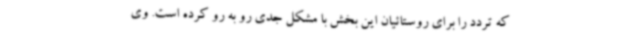
که تردد را برای روستائیان این بخش با مشکل جدی رو به رو کرده است. وی